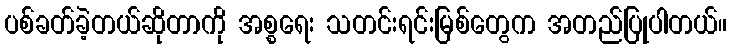
ပစ်ခတ်ခဲ့တယ်ဆိုတာကို အစ္စရေး သတင်းရင်းမြစ်တွေက အတည်ပြုပါတယ်။